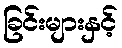
ခြင်းများနှင့်